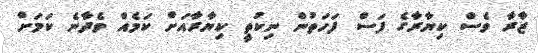
ޒާރާ ވެސް ކިޔާރާގެ ފަސް ފަހަތުން ނިކުތީ ކިޔާރާއަށް ކަމެއް ވެދާނެ ކަމަށް